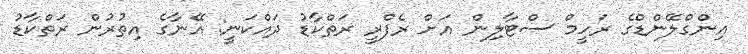
އިންގްލޭންޑްގެ ރަހީމް ސްޓާލިން އަށް ރެފްރީ ރަތްކާޑު ދައްކަނީ: އޭނާގެ އިތުރުން ރަތްކާޑު